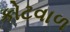
કોટવાળ